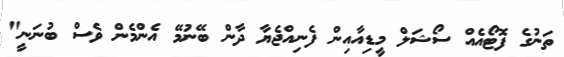
ތަނުގެ ފޮޓޯއެއް ސޯޝަލް މީޑިއާއިން ފެނިއްޖެޔާ ދާން ބޭނުމޭ އެންމެން ވެސް ބުނަނީ"